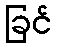
ခြင်